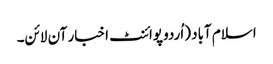
اسلام آباد (اُردو پوائنٹ اخبار آن لائن۔